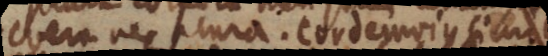
nec plura. Cordemoius simili